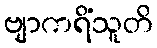
ဗျာကရိံသူတိ